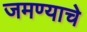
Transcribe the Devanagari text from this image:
जमण्याचे